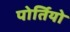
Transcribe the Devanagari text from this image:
पोर्तियो